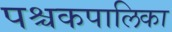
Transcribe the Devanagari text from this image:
पश्चकपालिका